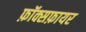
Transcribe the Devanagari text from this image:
फ़ॉक्सफ़ायर